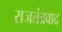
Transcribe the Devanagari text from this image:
राजतंत्रवाद